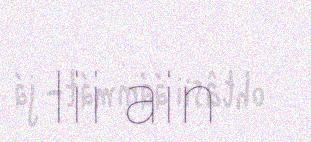
lii ain